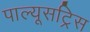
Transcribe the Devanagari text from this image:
पाल्यूसट्रिस